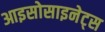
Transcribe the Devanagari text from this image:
आइसोसाइनेट्स